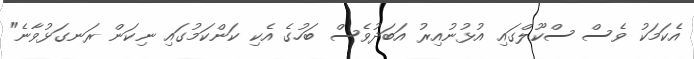
އެކަމަކު ވެސް ސްކޫލްގައި އުޅުނުއިރު އަބަދުވެސް ބަހުގެ އެކި ކަންކަމުގައި ނިކަން ރަނގަޅުވާނެ"